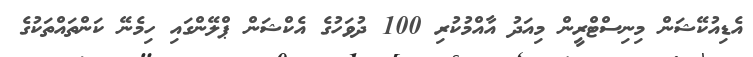
އެޑިއުކޭޝަން މިނިސްޓްރީން މިއަދު އާއްމުކުރި 100 ދުވަހުގެ އެކްޝަން ޕްލޭންގައި ހިމެނޭ ކަންތައްތަކުގެ